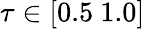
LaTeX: \tau\in[0.5\ 1.0]